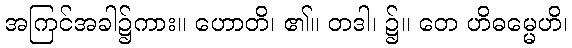
အကြင်အခါ၌ကား။ ဟောတိ၊ ၏။ တဒါ၊ ၌။ တေ ဟိဓမ္မေဟိ၊